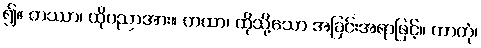
၍။ တဿာ၊ ထိုပညာအား။ တထာ၊ ထိုသို့သော အခြင်းအရာဖြင့်။ ကာတုံ၊